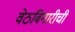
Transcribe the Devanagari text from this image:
वेठबिगारीची